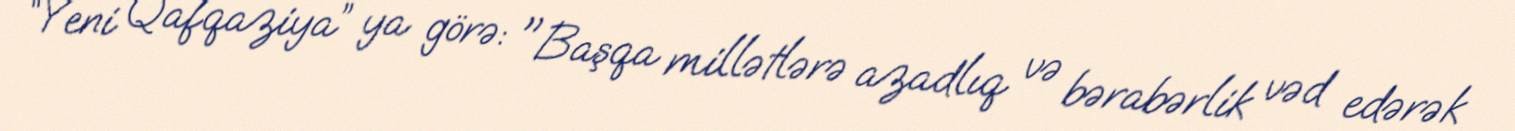
“Yeni Qafqaziya” ya görə: "Başqa millətlərə azadlıq və bərabərlik vəd edərək